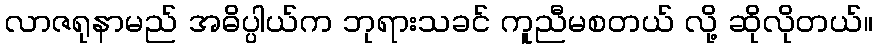
လာဇရုနာမည် အဓိပ္ပါယ်က ဘုရားသခင် ကူညီမစတယ် လို့ ဆိုလိုတယ်။